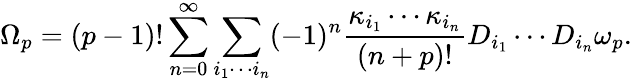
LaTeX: \Omega_{p}=(p-1)!\sum_{n=0}^{\infty}\sum_{i_{1}\cdots i_{n}}(-1)^{n}{\frac{\kappa_{i_{1}}\cdots\kappa_{i_{n}}}{(n+p)!}}D_{i_{1}}\cdots D_{i_{n}}\omega_{p}.